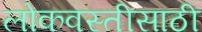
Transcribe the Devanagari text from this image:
लोकवस्तीसाठी